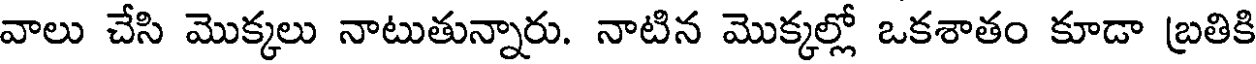
వాలు చేసి మొక్కలు నాటుతున్నారు. నాటిన మొక్కల్లో ఒకశాతం కూడా బ్రతికి